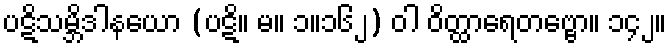
ပဋိသမ္ဘိဒါနယော (ပဋိ။ မ။ ၁။၁၆၂) ဝါ ဝိတ္ထာရေတဗ္ဗော။ ၁၄၂။